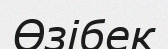
Өзібек